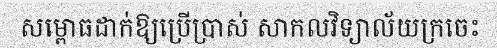
សម្ពោធដាក់ឱ្យប្រើប្រាស់ សាកលវិទ្យាល័យក្រចេះ